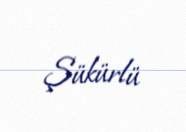
Şükürlü